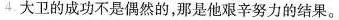
4大卫的成功不是偶然的，那是他艰辛努力的结果.。